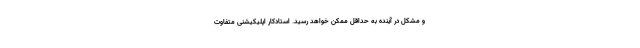
و مشکل در آینده به حداقل ممکن خواهد رسید. استادکار اپلیکیشنی متفاوت